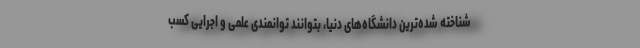
شناخته شده‌ترین دانشگاه‌های دنیا، بتوانند توانمندی علمی و اجرایی کسب